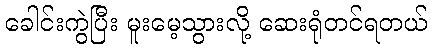
ခေါင်းကွဲပြီး မူးမေ့သွားလို့ ဆေးရုံတင်ရတယ်